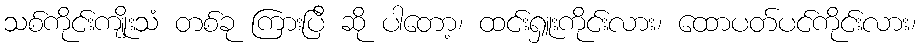
သစ်ကိုင်းကျိုးသံ တစ်ခု ကြားပြီ ဆို ပါတော့၊ ထင်းရှူးကိုင်းလား၊ ထောပတ်ပင်ကိုင်းလား၊